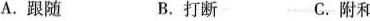
A.跟随 B.打断 C.附和